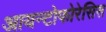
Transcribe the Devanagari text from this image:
आयन्टोफोरेसिस